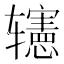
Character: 𨐊